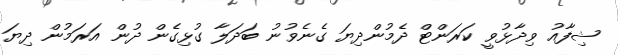
ޝިފާއު ވިދާޅުވީ ކަރަންޓް ދެމުންދިޔަ ގެނެވުނު ބަދަލާ ގުޅިގެން ދުން އަރަމުން ދިޔަ